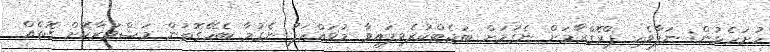
ހުށަހެޅުން: ނަފާވެހި ޕްރޮގްރާމަށް ނެގުމަށް ބަޖެޓްކުރެވިފައިވާ މުވައްޒަފު ނެގުމާ ބެހޭގޮތުން މަޝްވަރާކޮށް ގޮތެއް